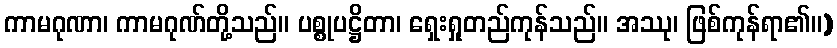
ကာမဂုဏာ၊ ကာမဂုဏ်တို့သည်။ ပစ္စုပဋ္ဌိတာ၊ ရှေးရှုတည်ကုန်သည်။ အဿု၊ ဖြစ်ကုန်ရာ၏။)